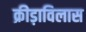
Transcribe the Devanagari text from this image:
क्रीड़ाविलास